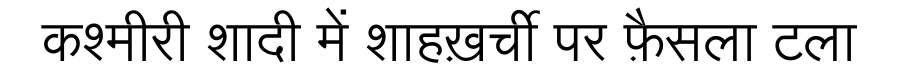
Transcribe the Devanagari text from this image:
कश्मीरी शादी में शाहख़र्ची पर फ़ैसला टला